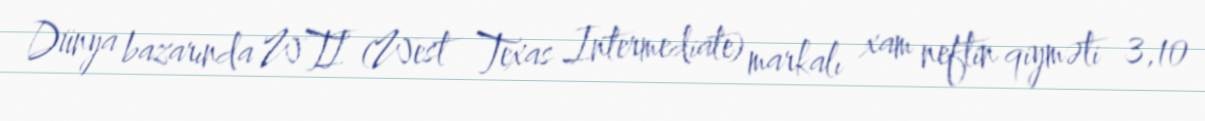
Dünya bazarında WTI (West Texas Intermediate) markalı xam neftin qiyməti 3,10